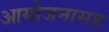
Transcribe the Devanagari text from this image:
आयोजनासह